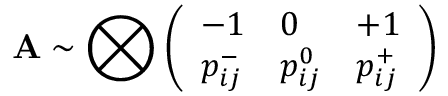
\mathbf { A } \sim \bigotimes \left( \begin{array} { l l l } { - 1 } & { 0 } & { + 1 } \\ { p _ { i j } ^ { - } } & { p _ { i j } ^ { 0 } } & { p _ { i j } ^ { + } } \end{array} \right)